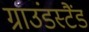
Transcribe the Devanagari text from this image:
ग्राउंडस्टैंड